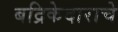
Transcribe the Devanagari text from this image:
बद्रिकेदाराचे